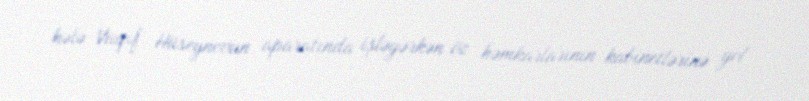
hələ Vaqif Hüseynovun aparatında işləyərkən öz həmkarlarının kabinetlərinə yol